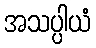
အသပ္ပါယံ